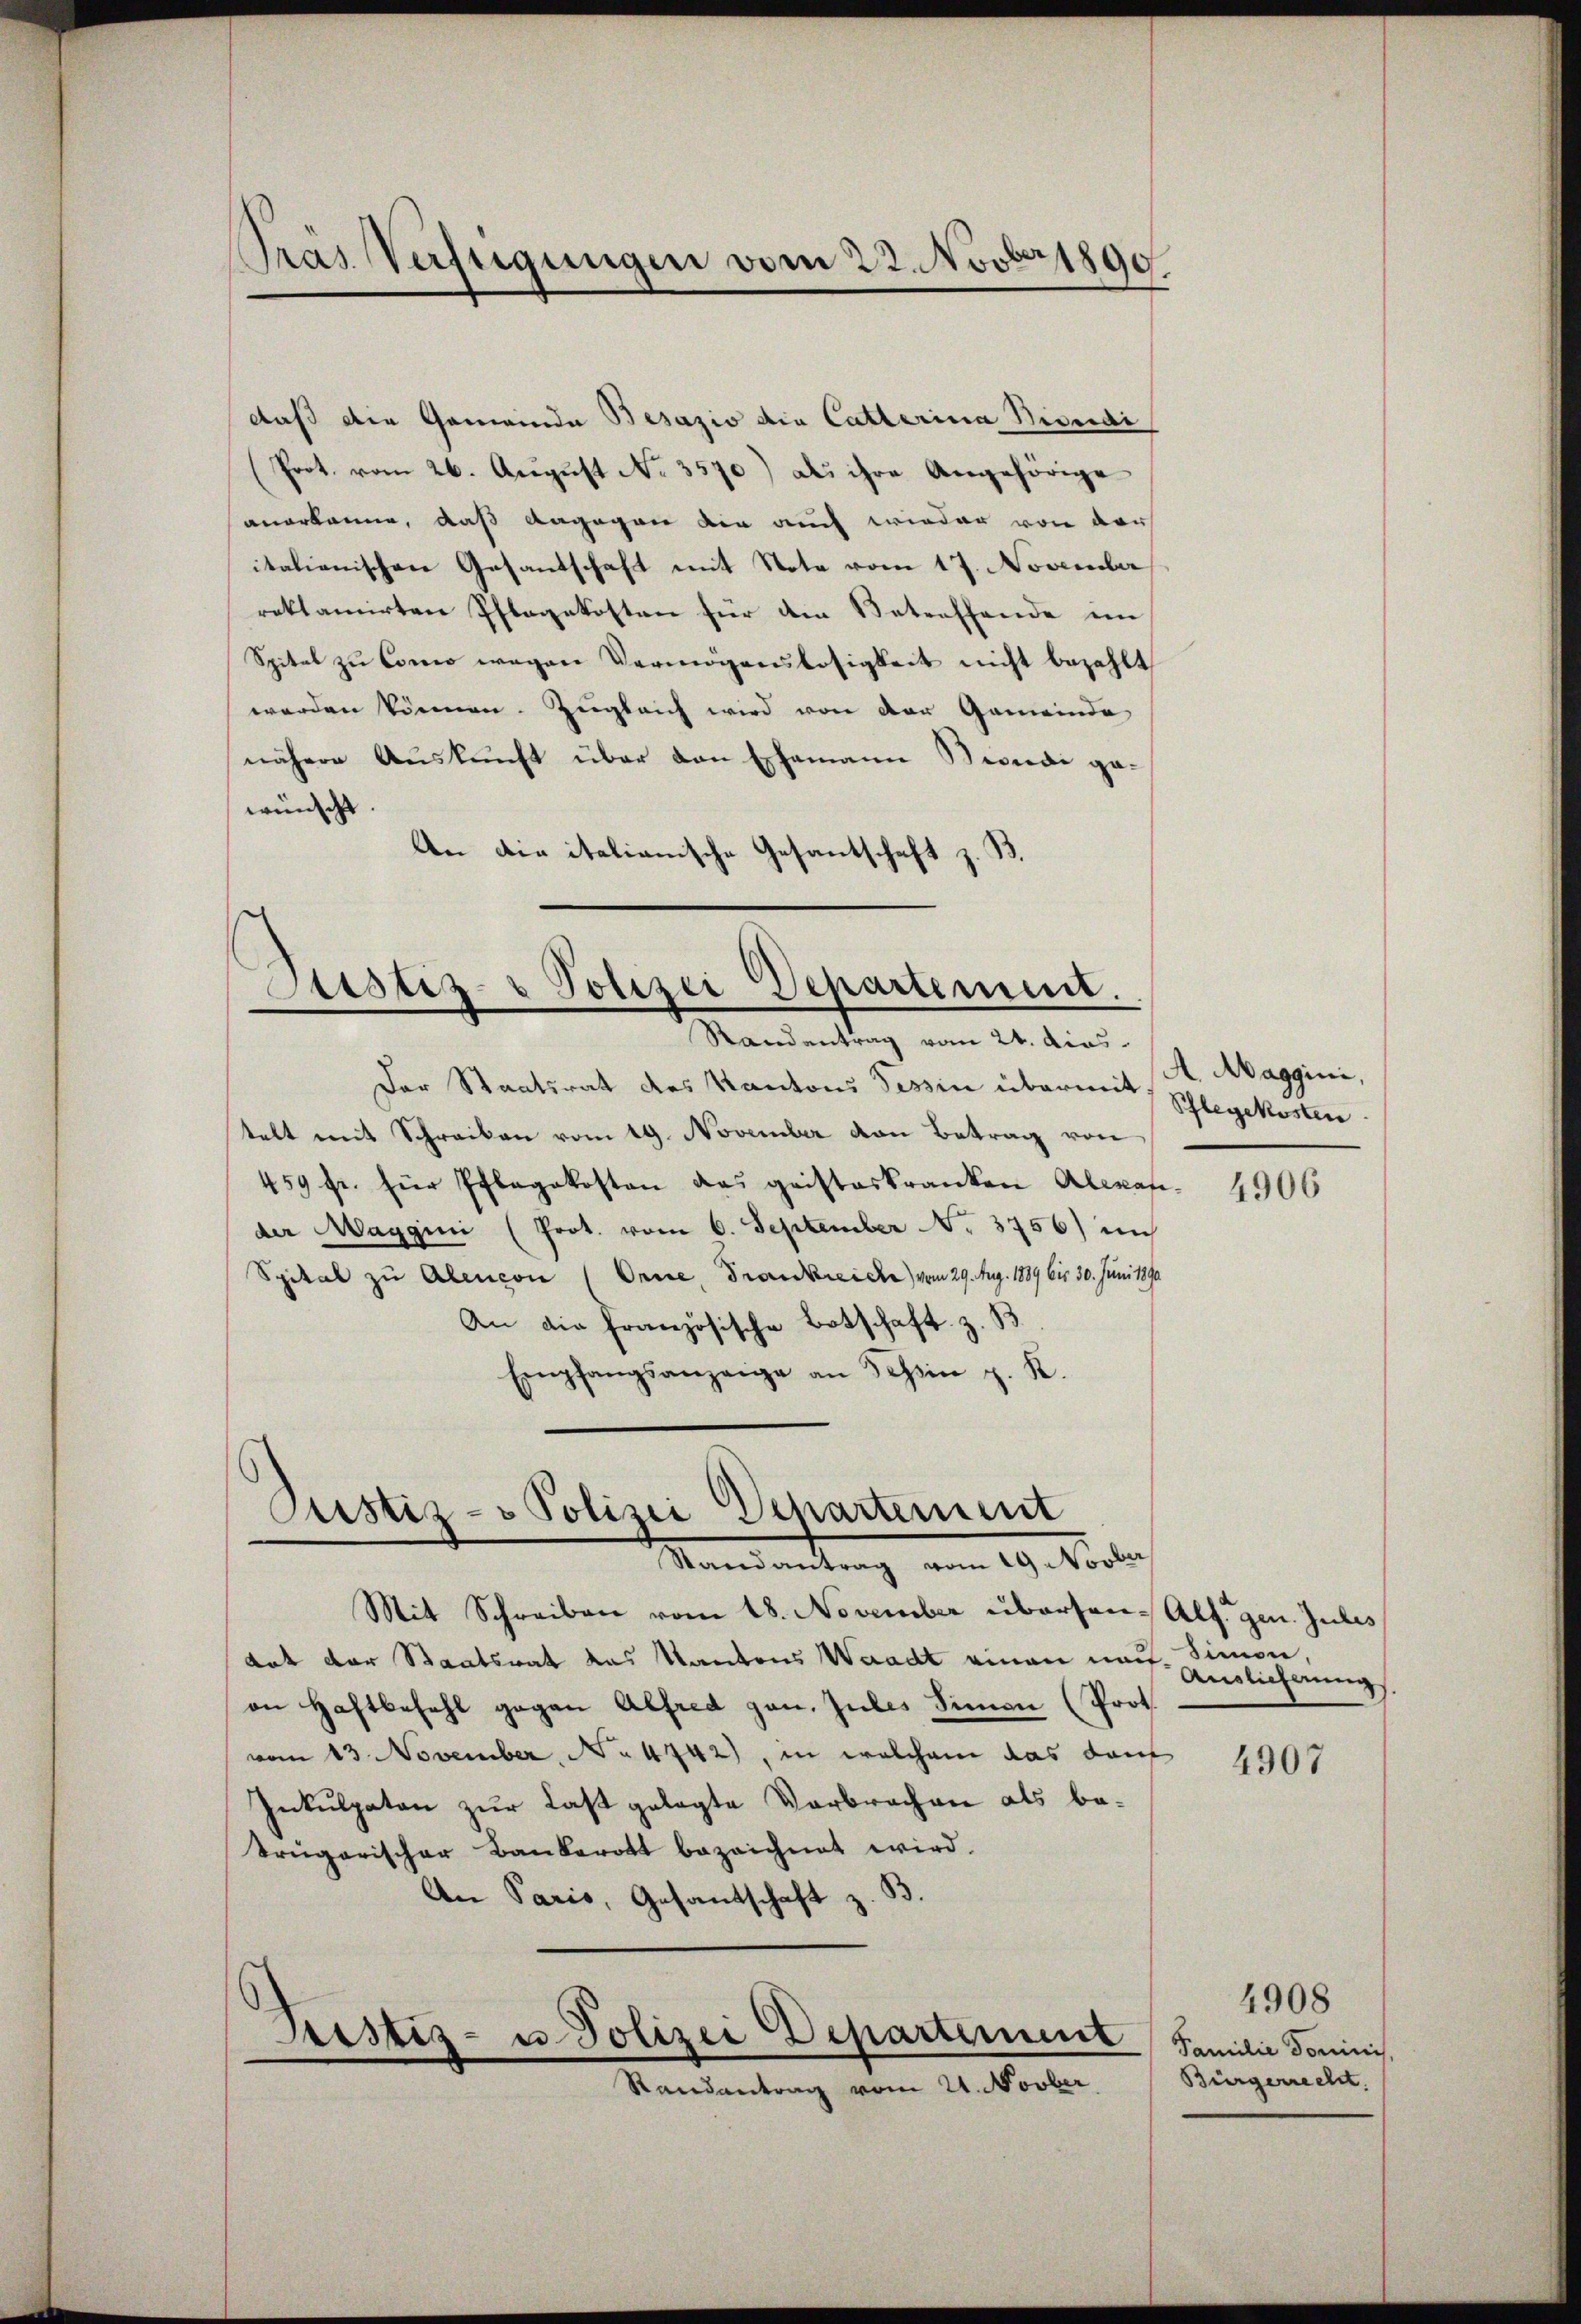
Pras Verfügungen vom 22. Novber 1890

daß die Gemeinde Besazio die Catterina Beendi
Prot. vom 26. August No. 3570) als ihre Angehörige
anerkanne, daß dagegen die auch wieder von der
italienischen Gesantschaft mit Note vom 17. November
reklamirten Pflegekosten für den Betreffende im
Spital zu Como wegen Vermögenslosigkeit nicht bezahlt
werden können. Zugleich wird von der Gemeinde
nähere Auskunft über den Ehemann Beide ge-
wünscht.
An die italianische Gesantschaft z. B.

Justiz- & Polizei Departement.
Randantrag vom 24. dies

Der Staatsrat des Kantons Tessin übermit Schlegekosten.
telt mit Schreiben vom 19. November von Betrag von
459 fr. für Pflegekosten das geisteskranken Alexander Maggini (Prot. vom 6. September No. 3756) nich
Spital zu Abencon (Orne, Frankreiche) vom 29. Aug. 1889 bis 30. Juni 1890.
An die Französische Botschaft z. B.
Empfangsanzeige an Tessin z. K.

Justiz- & Polizei Departement
Randantrag vom 29 Novber

Mit Schreiben vom 18. November übersen-Alf. gen. Julis
tat der Staatsrat das Kantons Waadt einen nach. Simon,
an Haftbefehl gegen Alfred gan, zules Simmen (Prot.
vom 13. November No. 4742), in welchem das darf
Inkulpaten zur Last gelegte Verbrechen als be¬
Trugarischer Bankerott bezeichnet wird.
An Paris, Gesantschaft z. B.

Justiz- u Polizei Departement
—
Randantrag vom 21. Novber

Auslicherungs

A. Maggini,

4906

4907

4908
Familie dominis,
Bürgerrecht.